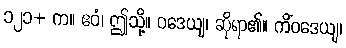
၁၂၁+ က။ ဧဝံ၊ ဤသို့။ ဝဒေယျ၊ ဆိုရာ၏။ ကိံဝဒေယျ၊